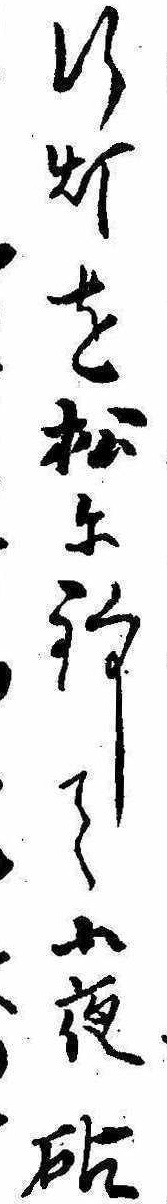
行灯を松に釣して小夜砧